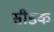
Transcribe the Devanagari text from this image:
सीडक